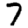
Digit: 7